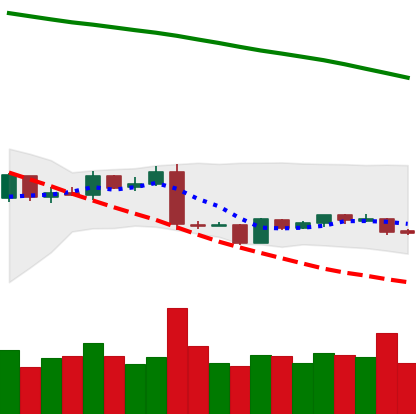
Ticker: EOS-USD
Chart end date: 2019-01-21
Forward return: 3.516%
Label: up_3_5